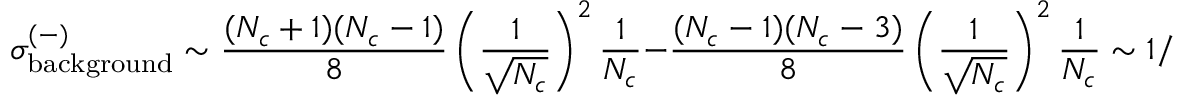
\sigma _ { \mathrm { b a c k g r o u n d } } ^ { ( - ) } \sim \frac { ( N _ { c } + 1 ) ( N _ { c } - 1 ) } { 8 } \left( \frac { 1 } { \sqrt { N _ { c } } } \right) ^ { 2 } \frac { 1 } { N _ { c } } - \frac { ( N _ { c } - 1 ) ( N _ { c } - 3 ) } { 8 } \left( \frac { 1 } { \sqrt { N _ { c } } } \right) ^ { 2 } \frac { 1 } { N _ { c } } \sim 1 / N _ { c } ,